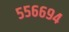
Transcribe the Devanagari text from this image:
५५६६९४